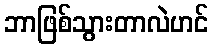
ဘာဖြစ်သွားတာလဲဟင်